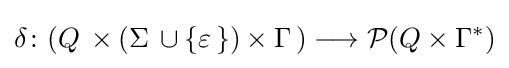
\delta \colon (Q\,\times (\Sigma \,\cup \left\{\varepsilon \,\right\})\times \Gamma \,)\longrightarrow {\mathcal {P}}(Q\times \Gamma ^{*})